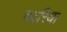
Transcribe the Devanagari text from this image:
चदरिया